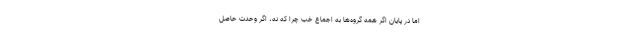
اما در پایان اگر همه گروه‌ها به اجماع خب چرا که نه، اگر وحدت حاصل